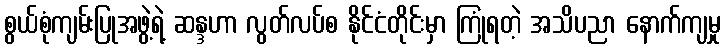
စွယ်စုံကျမ်းပြုအဖွဲ့ရဲ့ ဆန္ဒဟာ လွတ်လပ်စ နိုင်ငံတိုင်းမှာ ကြုံရတဲ့ အသိပညာ နောက်ကျမှု